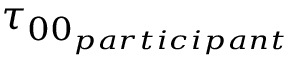
\tau _ { 0 0 _ { p a r t i c i p a n t } }